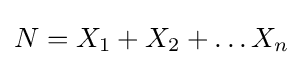
N=X_{1}+X_{2}+\dots X_{n}